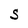
Character: S